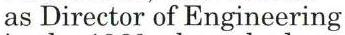
as Director of Engineering